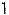
1